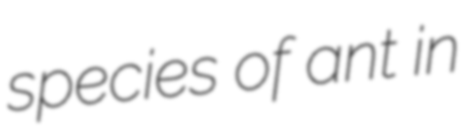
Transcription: species of ant in